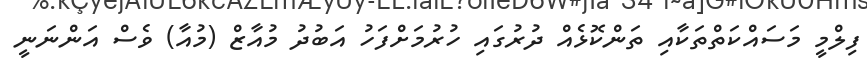
ފިލްމީ މަސައްކަތްތަކާއި ތަންކޮޅެއް ދުރުގައި ހުރުމަށްފަހު އަބުދު މުއާޒް (މުއާ) ވެސް އަންނަނީ